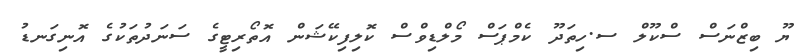
ޔޫ ބިޒްނަސް ސްކޫލް ސ.ހިތަދޫ ކެމްޕަސް މޯލްޑިވްސް ކޮލިފިކޭޝަން އޮތޯރިޓީގެ ސަނަދުތަކުގެ އޮނިގަނޑު